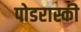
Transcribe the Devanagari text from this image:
पोडरास्की